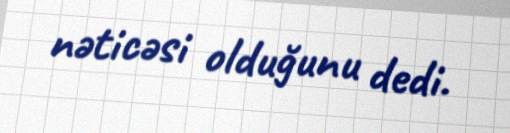
nəticəsi olduğunu dedi.